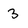
Character: 3